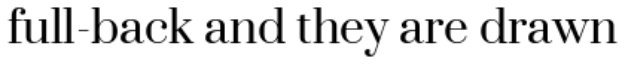
full-back and they are drawn